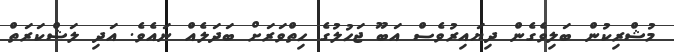
މުޝްރިކުން ބަލިވެގެން ދިޔައިރުވެސް އަބޫ ޖަހުލުގެ ހިތްވަރަށް ބަދަލެއް ނައެވެ. އަދި ލަޝްކަރަތް